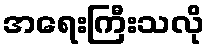
အရေးကြီးသလို